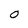
Character: 0